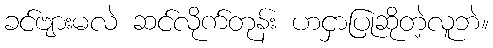
ခင်ဗျားမလဲ ဆင်လိုက်တုန်း ဟငှာပြုဆိုတဲ့လူဘဲ။